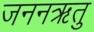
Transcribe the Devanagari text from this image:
जननऋतु